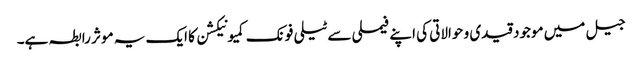
جیل میں موجود قیدی و حوالاتی کی اپنے فیملی سے ٹیلی فونک کمیونیکشن کا ایک یہ موثر رابطہ ہے۔